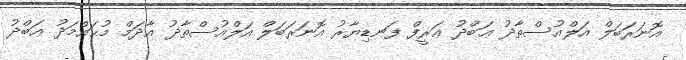
އޮނަރަބަލް އަލްއުސްތާޛު ޢަބްދު ޢަރީފް ފަނޑިޔާރު އޮނަރަބަލް އަލްއުސްތާޛު އާދަމް މުޙައްމަދު ޢަބްދު